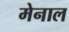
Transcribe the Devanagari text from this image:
मेनाल